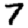
Digit: 7